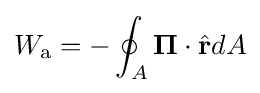
W_{\text{a}}=-\oint _{A}\mathbf {\Pi } \cdot {\hat {\mathbf {r} }}dA